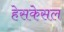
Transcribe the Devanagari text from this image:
हेसकेसल